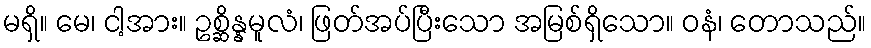
မရှိ။ မေ၊ ငါ့အား။ ဥစ္ဆိန္နမူလံ၊ ဖြတ်အပ်ပြီးသော အမြစ်ရှိသော။ ဝနံ၊ တောသည်။